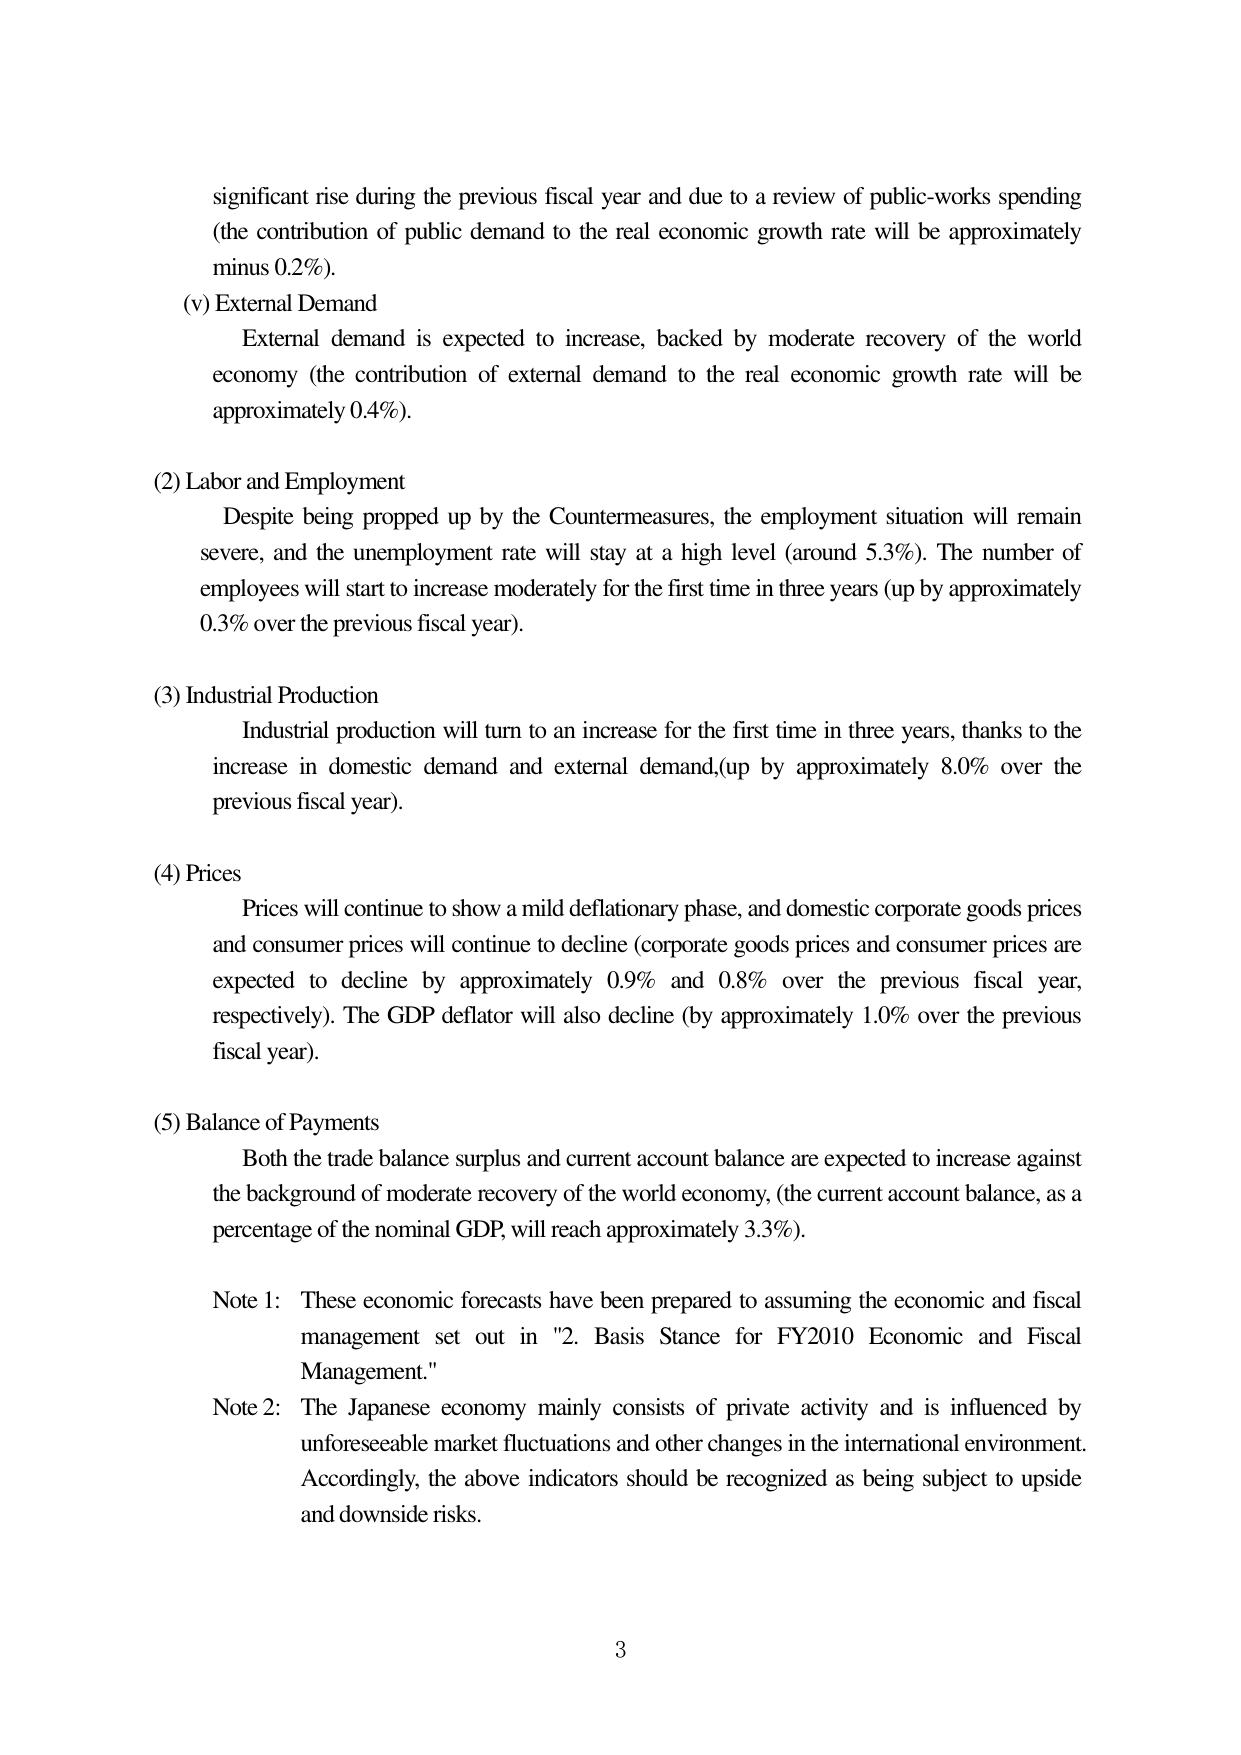
significant rise during the previous fiscal year and due to a review of public-works spending (the contribution of public demand to the real economic growth rate will be approximately minus 0.2%).

(v) External Demand
External demand is expected to increase, backed by moderate recovery of the world economy (the contribution of external demand to the real economic growth rate will be approximately 0.4%).

(2) Labor and Employment
Despite being propped up by the Countermeasures, the employment situation will remain severe, and the unemployment rate will stay at a high level (around 5.3%). The number of employees will start to increase moderately for the first time in three years (up by approximately 0.3% over the previous fiscal year).

(3) Industrial Production
Industrial production will turn to an increase for the first time in three years, thanks to the increase in domestic demand and external demand, (up by approximately 8.0% over the previous fiscal year).

(4) Prices
Prices will continue to show a mild deflationary phase, and domestic corporate goods prices and consumer prices will continue to decline (corporate goods prices and consumer prices are expected to decline by approximately 0.9% and 0.8% over the previous fiscal year, respectively). The GDP deflator will also decline (by approximately 1.0% over the previous fiscal year).

(5) Balance of Payments
Both the trade balance surplus and current account balance are expected to increase against the background of moderate recovery of the world economy, (the current account balance, as a percentage of the nominal GDP, will reach approximately 3.3%).

Note 1: These economic forecasts have been prepared to assuming the economic and fiscal management set out in "2. Basis Stance for FY2010 Economic and Fiscal Management."

Note 2: The Japanese economy mainly consists of private activity and is influenced by unforeseeable market fluctuations and other changes in the international environment. Accordingly, the above indicators should be recognized as being subject to upside and downside risks.

3